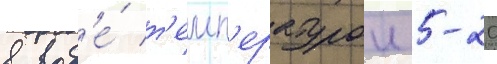
в вод'е́ т'емп'ературои 5-20